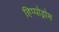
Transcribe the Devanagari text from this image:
हिप्पोड्रोम